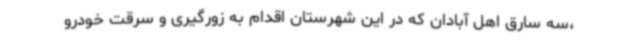
،سه سارق اهل آبادان که در این شهرستان اقدام به زورگیری و سرقت خودرو